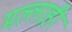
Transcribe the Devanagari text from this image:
मल्लाही